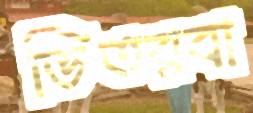
ভিতরবা